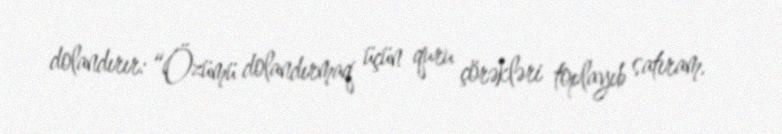
dolandırır: “Özümü dolandırmaq üçün quru çörəkləri toplayıb satıram.